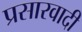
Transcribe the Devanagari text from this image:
प्रसारवादी